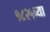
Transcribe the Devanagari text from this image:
१८२५च्या